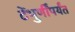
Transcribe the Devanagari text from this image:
टेंभुर्णींपर्यंत